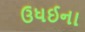
ઉધઈના